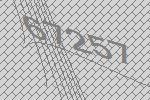
67257